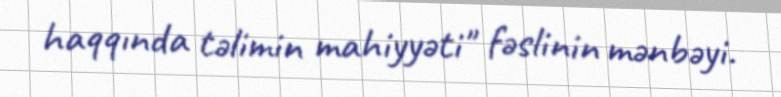
haqqında təlimin mahiyyəti" fəslinin mənbəyi.